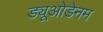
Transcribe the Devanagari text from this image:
ड्यूओडेनम